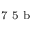
^ \textrm { \scriptsize 7 5 b }